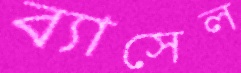
ব্যাসেল